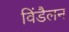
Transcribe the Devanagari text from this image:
विंडैलन